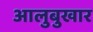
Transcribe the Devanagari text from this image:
आलुबुखार